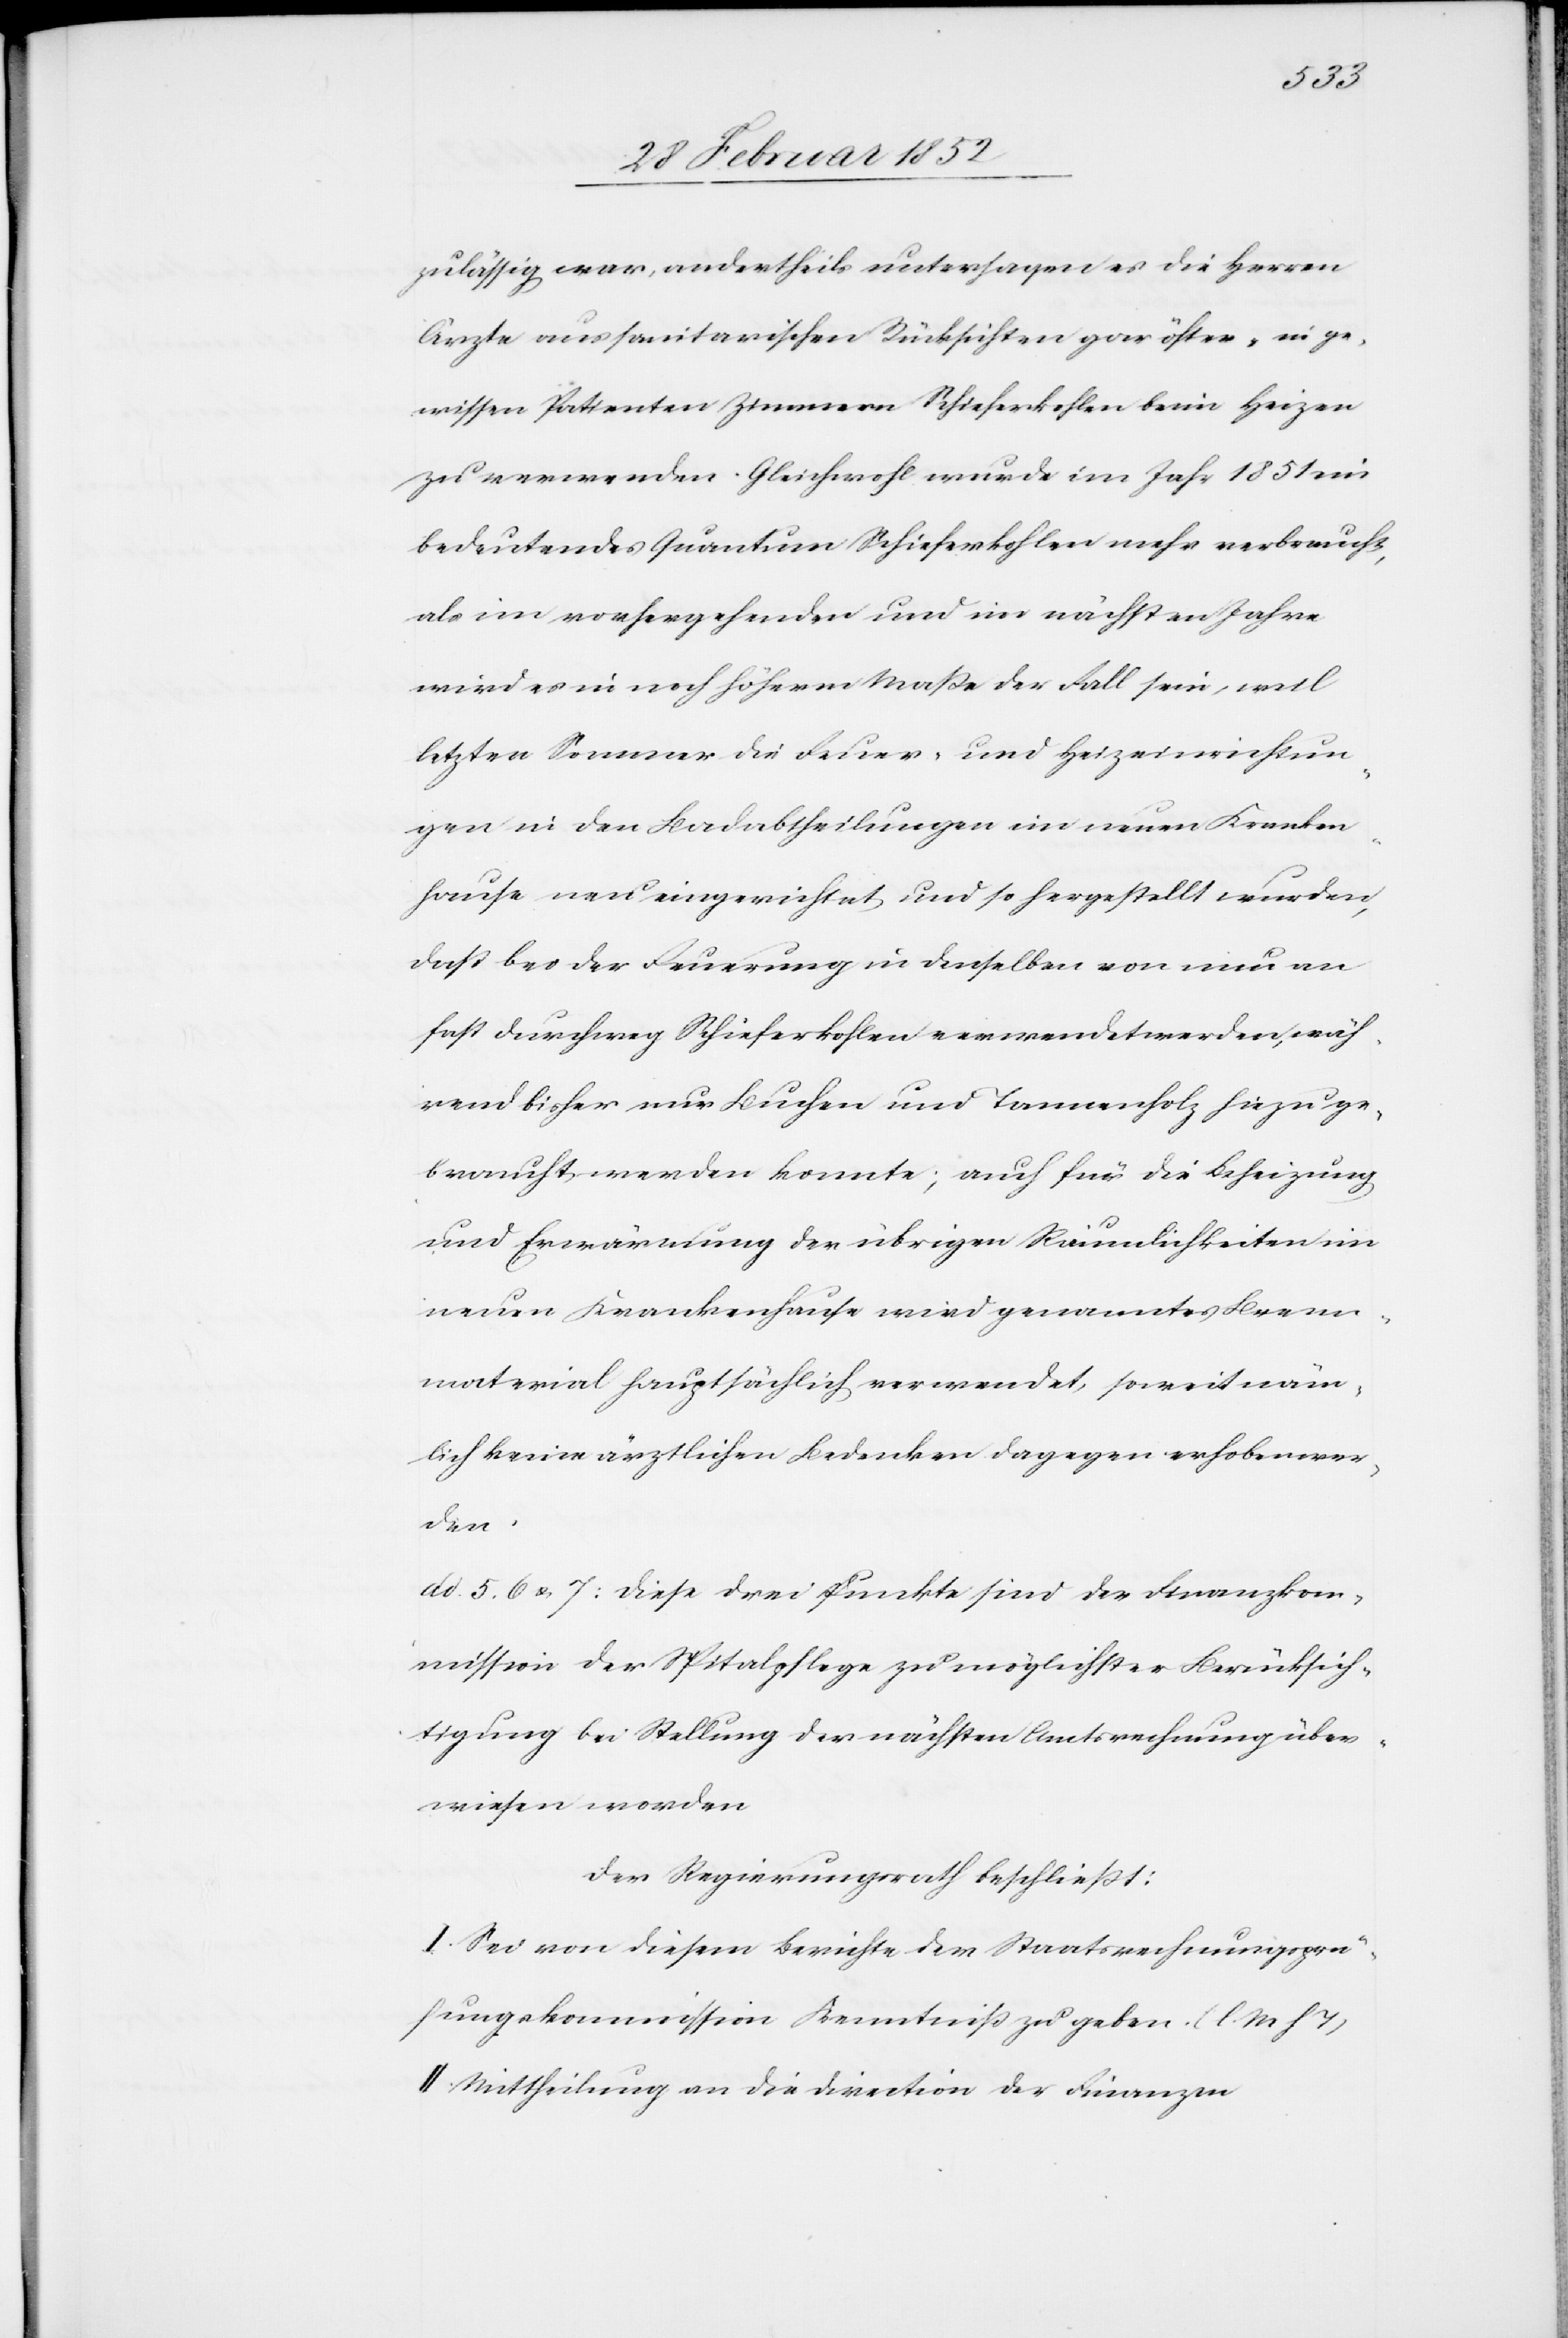
zulässig war, andertheils untersagen es die Herren
Ärzte aus sanitarischen Rücksichten gar öfter, in ge¬
wissen Patienten Zimmern Schieferkohlen beim Heizen
zu verwenden. Gleichwohl wurde im Jahr 1851 ein
bedeutendes Quantum Schieferkohlen mehr verbraucht,
als im vorhergehenden und im nächsten Jahre
wird es in noch höherm Maße der Fall sein, weil
letzten Sommer die Feuer- und Heizeinrichtun¬
gen in den Badabtheilungen im neuen Kranken¬
hause neu eingerichtet und so hergestellt wurden,
daß bei der Feuerung in denselben von nun an
fast durchweg Schieferkohlen verwendet werden, wäh¬
rend bisher Buchen und Tannenholz hiezu ge¬
braucht werden konnte; auch für die Beheizung
und Erwärmung der übrigen Räumlichkeiten im
neuen Krankenhause wird genanntes Brenn¬
material hauptsächlich verwendet, soweit näm¬
lich keine ärztlichen Bedenken dagegen erhoben wer¬
den.
ad 5. 6. u. 7: Diese drei Punkte sind der Finanzkom¬
mission der Spitalpflege zu möglichster Berücksich¬
tigung bei Stellung der nächsten Amtsrechnung über¬
wiesen worden
Der Regierungsrath beschließt:
I. Sei von diesem Berichte der Staatsrechnungsprü¬
fungskommission Kenntniß zu geben. (l. M. h. T)
II. Mittheilung an die Direction der Finanzen.